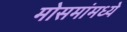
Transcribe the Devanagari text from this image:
मोसमांमध्ये